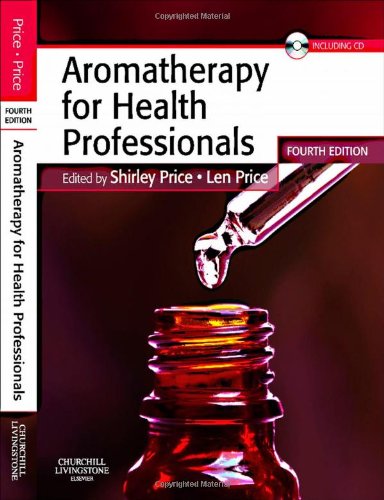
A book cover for Aromatherapy for Health Professionals, 4e (Price, Aromatherapy for Health Professionals); Shirley Price Cert Ed  FISPA  MIFA  FIAM; Health, Fitness & Dieting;